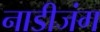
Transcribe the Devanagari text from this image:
नाडीजंग